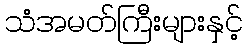
သံအမတ်ကြီးများနှင့်